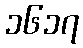
၁၆၁၇